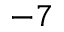
^ { - 7 }